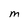
Character: M